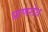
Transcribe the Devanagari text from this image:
प्राणरोध